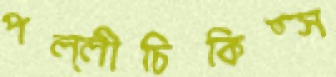
পল্লীচিকিত্স